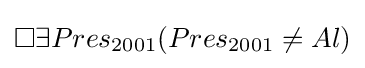
\Box \exists {Pres_{2001}}(Pres_{2001}\neq Al)